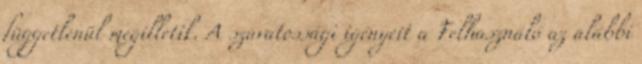
függetlenül megilletik. A szavatossági igényeit a Felhasználó az alábbi